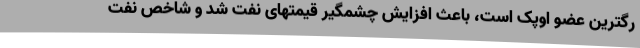
رگترین عضو اوپک است، باعث افزایش چشمگیر قیمتهای نفت شد و شاخص نفت